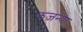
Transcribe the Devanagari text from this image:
रुजन्या